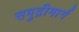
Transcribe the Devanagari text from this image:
समुद्रीमार्ग